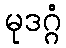
မုဒဂ္ဂံ